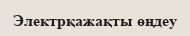
Электрқажақты өңдеу